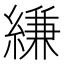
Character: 縑